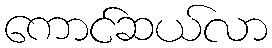
ကောင်ဆယ်လာ